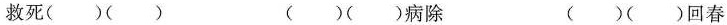
救死()() ()()病除 ()()回春